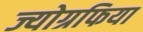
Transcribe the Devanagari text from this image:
ज्योग्रफिया